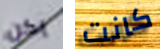
يكن كانت